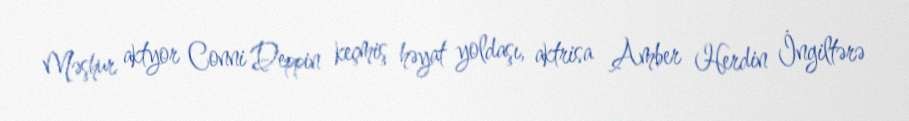
Məşhur aktyor Conni Deppin keçmiş həyat yoldaşı, aktrisa Amber Herdin İngiltərə